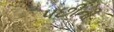
પછીની